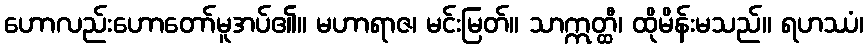
ဟောလည်းဟောတော်မူအပ်၏။ မဟာရာဇ၊ မင်းမြတ်။ သာဣတ္ထီ၊ ထိုမိန်းမသည်။ ရဟဿံ၊